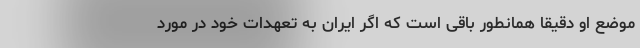
موضع او دقیقا همانطور باقی است که اگر ایران به تعهدات خود در مورد